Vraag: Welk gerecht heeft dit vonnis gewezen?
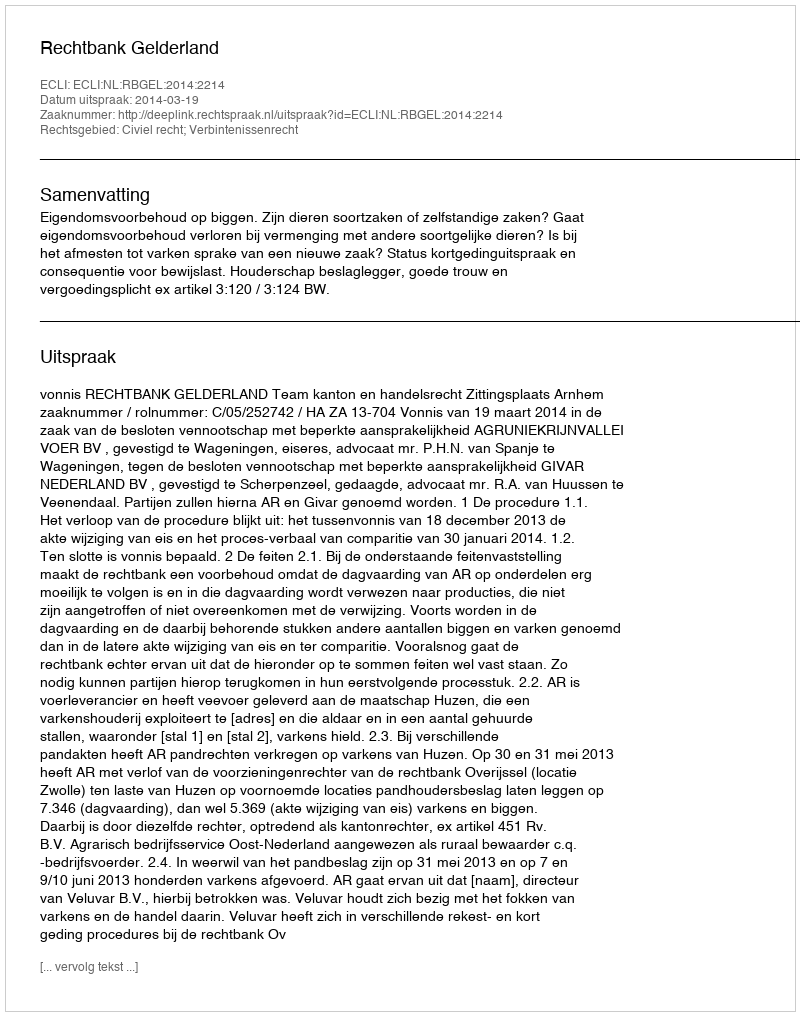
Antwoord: Rechtbank Gelderland